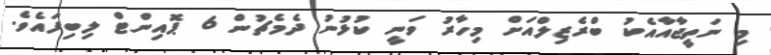
މި ނަތީޖާއާއެކު ބްރެޒިލްއަށް މިހާރު ވަނީ ކުޅުނު ދެމެޗުން 6 ޕޮއިންޓް ލިބިފައެވެ.